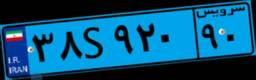
۳۸S۹۲۰۹۰